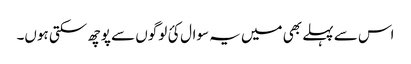
اس سے پہلے بھی میں یہ سوال کئ لوگوں سے پوچھ سکتی ہوں۔